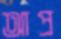
আপ্র